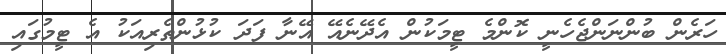
ހަރެން ބުންނަންޖެހެނީ ކޮންމެ ޓީމަކުން އެދޭނެއޭ އޭނާ ފަދަ ކުޅުންތެރިއަކު އެ ޓީމުގައި